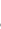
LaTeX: j\! \! \! \! \! \! \! \! \! \! \! \! \in\! \! \! \! \! \! \! \! \! \! \! \! \{ \! \! \! \! \! \! \! \! \! \! \! \! 1\! \! \! \! \! \! \! \! \! \! \! \! ,\! \! \! \! \! \! \! \! \! \! \! \! \ldots\! \! \! \! \! \! \! \! \! \! \! \! ,\! \! \! \! \! \! \! \! \! \! \! \! m\! \! \! \! \! \! \! \! \! \! \! \! _{i}\! \! \! \! \! \! \! \! \! \! \! \! \} \! \! \! \! \! \! \! \! \! \! \!